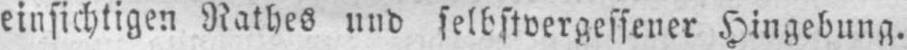
einsichtigen Rathes und selbstvergessener Hingebung.